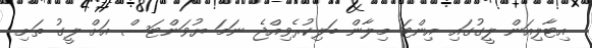
އިޓާލިއަން ލީގުގައި އިންޓަ މިލާން ބަލިކުރެވިއްޖެ ނަމަ ޔުވަންޓަސް އަށް ލީގު ތަށި